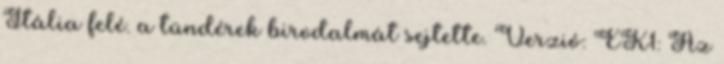
Itália felé. a tündérek birodalmát sejtette. Verzió: EK1: Az